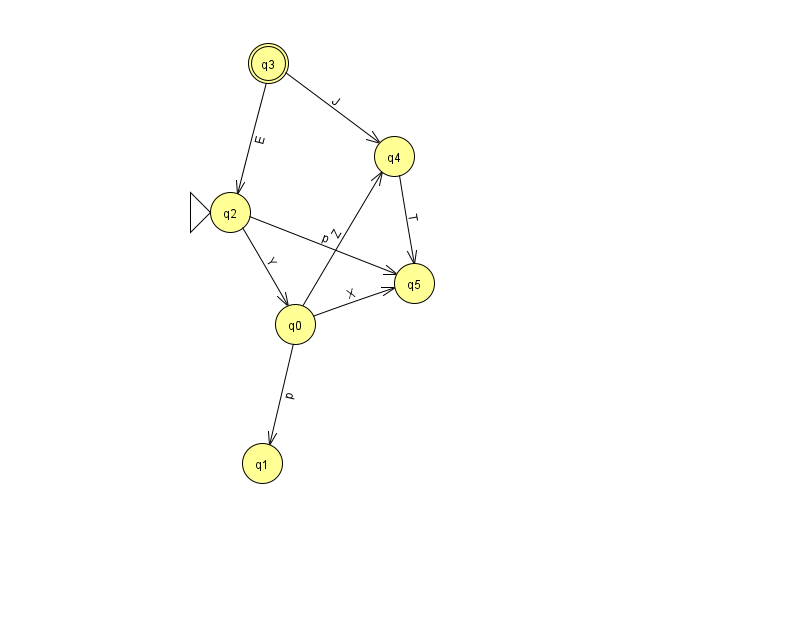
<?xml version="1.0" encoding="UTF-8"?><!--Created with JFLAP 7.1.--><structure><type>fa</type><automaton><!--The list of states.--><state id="0" name="q0"><x>295.0</x><y>311.0</y></state><state id="1" name="q1"><x>262.0</x><y>450.0</y></state><state id="2" name="q2"><x>230.0</x><y>199.0</y><initial/></state><state id="3" name="q3"><x>268.0</x><y>50.0</y><final/></state><state id="4" name="q4"><x>394.0</x><y>143.0</y></state><state id="5" name="q5"><x>414.0</x><y>270.0</y></state><!--The list of transitions.--><transition><from>0</from><to>1</to><read>p</read></transition><transition><from>2</from><to>0</to><read>Y</read></transition><transition><from>4</from><to>5</to><read>T</read></transition><transition><from>0</from><to>5</to><read>X</read></transition><transition><from>0</from><to>4</to><read>Z</read></transition><transition><from>2</from><to>5</to><read>p</read></transition><transition><from>3</from><to>4</to><read>J</read></transition><transition><from>3</from><to>2</to><read>E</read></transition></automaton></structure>